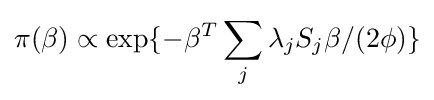
\pi (\beta )\propto \exp\{-\beta ^{T}\sum _{j}\lambda _{j}S_{j}\beta /(2\phi )\}